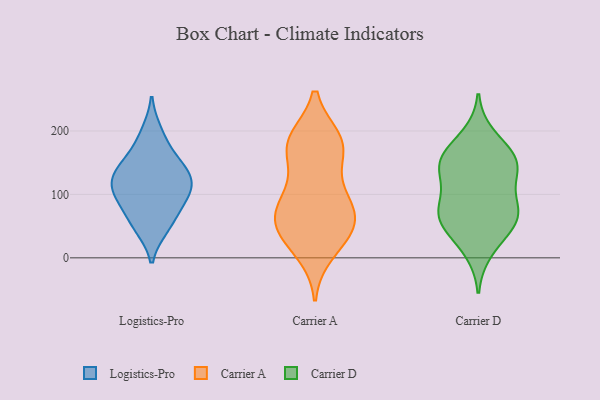
{"axis": {"x": "Satisfaction Score", "y": "Value"}, "legend": ["Carrier A", "Carrier D", "Logistics-Pro"], "data": [{"x": "", "y": 199, "type": "Logistics-Pro"}, {"x": "", "y": 146, "type": "Logistics-Pro"}, {"x": "", "y": 47, "type": "Logistics-Pro"}, {"x": "", "y": 129, "type": "Logistics-Pro"}, {"x": "", "y": 86, "type": "Logistics-Pro"}, {"x": "", "y": 84, "type": "Logistics-Pro"}, {"x": "", "y": 138, "type": "Logistics-Pro"}, {"x": "", "y": 168, "type": "Logistics-Pro"}, {"x": "", "y": 119, "type": "Logistics-Pro"}, {"x": "", "y": 106, "type": "Logistics-Pro"}, {"x": "", "y": 52, "type": "Logistics-Pro"}, {"x": "", "y": 110, "type": "Logistics-Pro"}, {"x": "", "y": 179, "type": "Carrier A"}, {"x": "", "y": 176, "type": "Carrier A"}, {"x": "", "y": 43, "type": "Carrier A"}, {"x": "", "y": 77, "type": "Carrier A"}, {"x": "", "y": 32, "type": "Carrier A"}, {"x": "", "y": 96, "type": "Carrier A"}, {"x": "", "y": 63, "type": "Carrier A"}, {"x": "", "y": 185, "type": "Carrier A"}, {"x": "", "y": 177, "type": "Carrier A"}, {"x": "", "y": 75, "type": "Carrier A"}, {"x": "", "y": 117, "type": "Carrier A"}, {"x": "", "y": 66, "type": "Carrier A"}, {"x": "", "y": 178, "type": "Carrier A"}, {"x": "", "y": 40, "type": "Carrier A"}, {"x": "", "y": 10, "type": "Carrier A"}, {"x": "", "y": 154, "type": "Carrier D"}, {"x": "", "y": 193, "type": "Carrier D"}, {"x": "", "y": 78, "type": "Carrier D"}, {"x": "", "y": 62, "type": "Carrier D"}, {"x": "", "y": 74, "type": "Carrier D"}, {"x": "", "y": 56, "type": "Carrier D"}, {"x": "", "y": 82, "type": "Carrier D"}, {"x": "", "y": 148, "type": "Carrier D"}, {"x": "", "y": 142, "type": "Carrier D"}, {"x": "", "y": 132, "type": "Carrier D"}, {"x": "", "y": 116, "type": "Carrier D"}, {"x": "", "y": 158, "type": "Carrier D"}, {"x": "", "y": 166, "type": "Carrier D"}, {"x": "", "y": 10, "type": "Carrier D"}, {"x": "", "y": 35, "type": "Carrier D"}, {"x": "", "y": 62, "type": "Carrier D"}]}